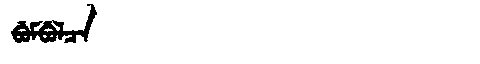
Manchu: ᠪᡠᠮᠪᡠᠯᠴᠠ
Romanization: BUMBULCA